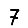
Digit: 7